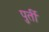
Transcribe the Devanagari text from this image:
पुर्ती